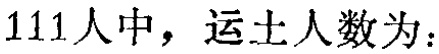
$111人中，运土人数为：$